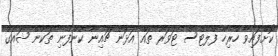
ކޮށްފައިވާ ހުރިހާ ފްލެޓްސް ޓަވަރު ތައް އަޅަން ޗައިނާ ކުންފުނި ތަކުން ޝައުގު